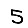
Digit: 5